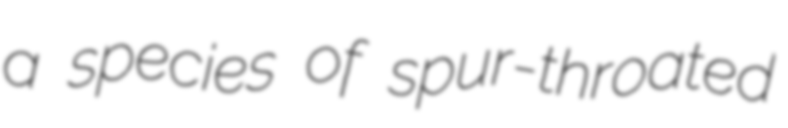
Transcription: a species of spur-throated